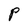
Character: P